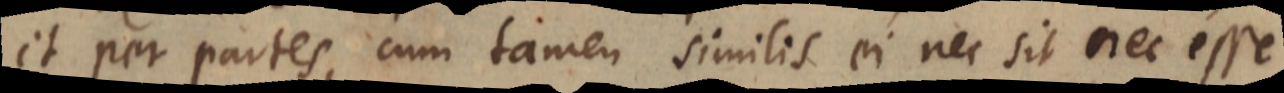
et per partes, cum tamen similis ei nec sit nec esse